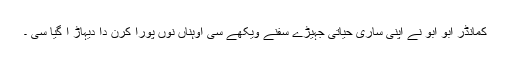
کمانڈر ابو ابو نے اپنی ساری حیاتی جہیڑے سفنے ویکھے سی اوہناں نوں پورا کرن دا دیہاڑ آ گیا سی ۔